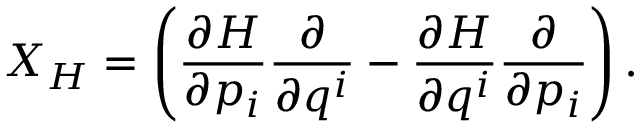
X _ { H } = \left( \frac { \partial H } { \partial p _ { i } } \frac { \partial } { \partial q ^ { i } } - \frac { \partial H } { \partial q ^ { i } } \frac { \partial } { \partial p _ { i } } \right) .